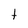
Character: t